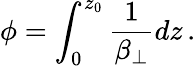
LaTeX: \phi=\int_{0}^{z_{0}}\frac{1}{\beta_{\perp}}dz\, .